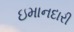
ઇમાનદારી